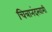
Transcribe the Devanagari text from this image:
चित्रानंदस्वामी